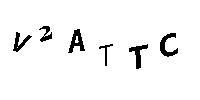
V2ATTC